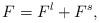
LaTeX: \begin{align*}F=F^l+F^s,\end{align*}